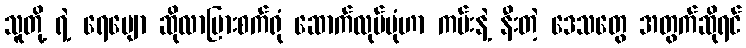
သူတို့ ရဲ့ ရေမျော ဆိုလာပြားစက်ရုံ ဆောက်လုပ်ပုံဟာ ကမ်းနဲ့ နီးတဲ့ ဒေသတွေ အတွက်ဆိုရင်